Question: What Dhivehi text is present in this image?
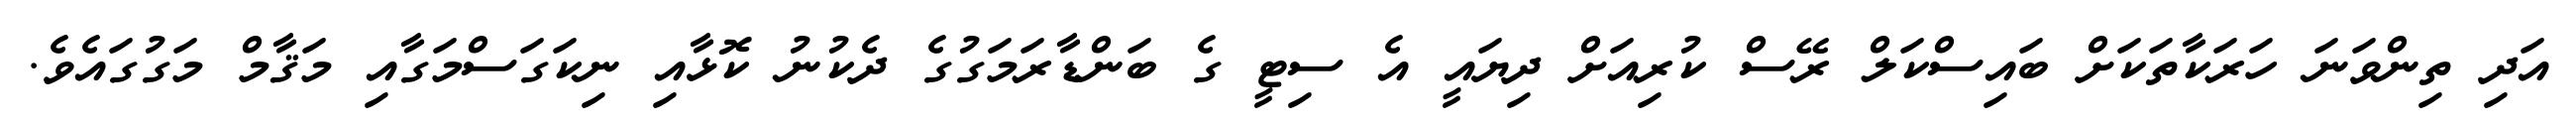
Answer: އަދި ތިންވަނަ ހަރަކާތަކަށް ބައިސްކަލް ރޭސް ކުރިއަށް ދިޔައީ އެ ސިޓީ ގެ ބަންޑާރަމަގުގެ ދެކުނު ކޮޅާއި ނިކަގަސްމަގާއި މަޤާމް މަގުގައެވެ.